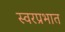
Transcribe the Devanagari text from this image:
स्वरप्रभात